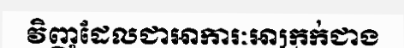
វិញដែលជាអាការៈអាក្រក់ជាង